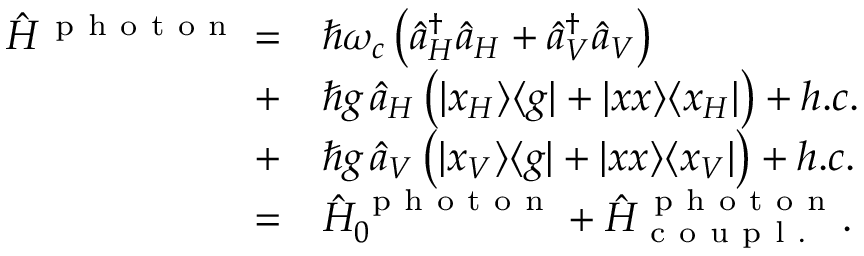
\begin{array} { r l } { \hat { H } ^ { \mathrm { ~ p ~ h ~ o ~ t ~ o ~ n ~ } } = } & { { } \hbar \omega _ { c } \left( \hat { a } _ { H } ^ { \dagger } \hat { a } _ { H } + \hat { a } _ { V } ^ { \dagger } \hat { a } _ { V } \right) } \\ { + } & { { } \hbar g \, \hat { a } _ { H } \left( \vert x _ { H } \rangle \langle g \vert + \vert x x \rangle \langle x _ { H } \vert \right) + h . c . } \\ { + } & { { } \hbar g \, \hat { a } _ { V } \left( \vert x _ { V } \rangle \langle g \vert + \vert x x \rangle \langle x _ { V } \vert \right) + h . c . } \\ { = } & { { } \hat { H } _ { 0 } ^ { \mathrm { ~ p ~ h ~ o ~ t ~ o ~ n ~ } } + \hat { H } _ { \mathrm { ~ c ~ o ~ u ~ p ~ l ~ . ~ } } ^ { \mathrm { ~ p ~ h ~ o ~ t ~ o ~ n ~ } } . } \end{array}